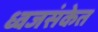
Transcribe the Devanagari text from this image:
ध्वजसंकेत